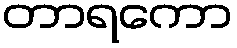
တာရကော